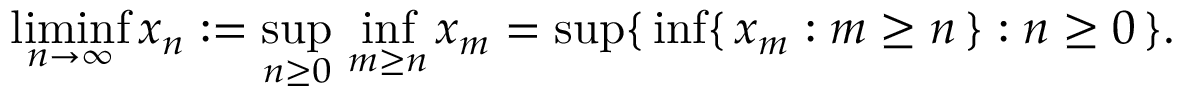
\operatorname* { l i m i n f } _ { n \to \infty } x _ { n } : = \operatorname* { s u p } _ { n \geq 0 } \, \operatorname* { i n f } _ { m \geq n } x _ { m } = \operatorname* { s u p } \{ \, \operatorname* { i n f } \{ \, x _ { m } : m \geq n \, \} : n \geq 0 \, \} .